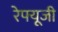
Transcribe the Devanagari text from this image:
रेफ्यूजी